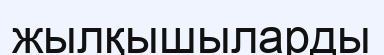
жылқышыларды